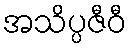
အသိပ္ပဇီဝီ